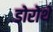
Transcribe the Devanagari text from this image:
डोरोथे